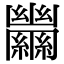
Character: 𦇵